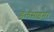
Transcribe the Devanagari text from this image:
डलसाइमर